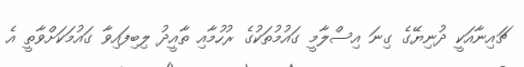
ޗައިނާއަކީ ދުނިޔޭގެ ގިނަ އިސްލާމީ ގައުމުތަކުގެ ރުހުމާއި ތާއީދު ލިބިފައިވާ ގައުމަކަށްވާތީ އެ